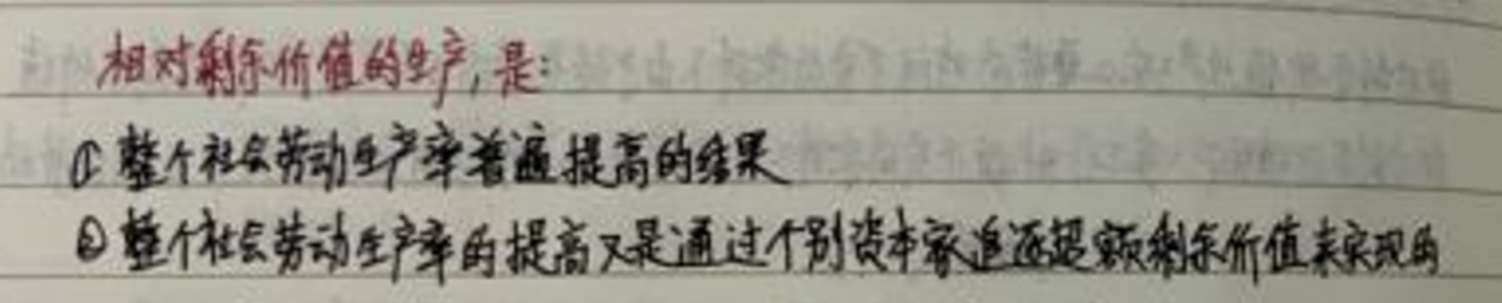
相对剩余价值的生产，是：

$\textcircled{1}$整个社会劳动生产率普遍提高的结果

$\textcircled{2}$整个社会劳动生产率的提高又是通过个别资本家追逐超额剩余价值来实现的